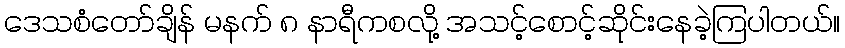
ဒေသစံတော်ချိန် မနက် ၈ နာရီကစလို့ အသင့်စောင့်ဆိုင်းနေခဲ့ကြပါတယ်။